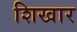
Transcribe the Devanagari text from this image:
शिखार